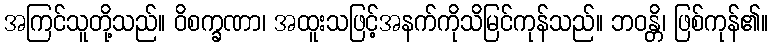
အကြင်သူတို့သည်။ ဝိစက္ခဏာ၊ အထူးသဖြင့်အနက်ကိုသိမြင်ကုန်သည်။ ဘဝန္တိ၊ ဖြစ်ကုန်၏။